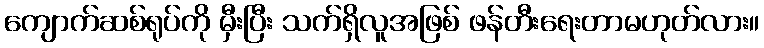
ကျောက်ဆစ်ရုပ်ကို မှီးပြီး သက်ရှိလူအဖြစ် ဖန်တီးရေးတာမဟုတ်လား။